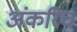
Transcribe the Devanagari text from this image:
अंकरिच